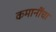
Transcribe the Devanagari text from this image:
कमानींचा